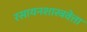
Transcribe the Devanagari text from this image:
रसायनशास्त्रवेत्ता